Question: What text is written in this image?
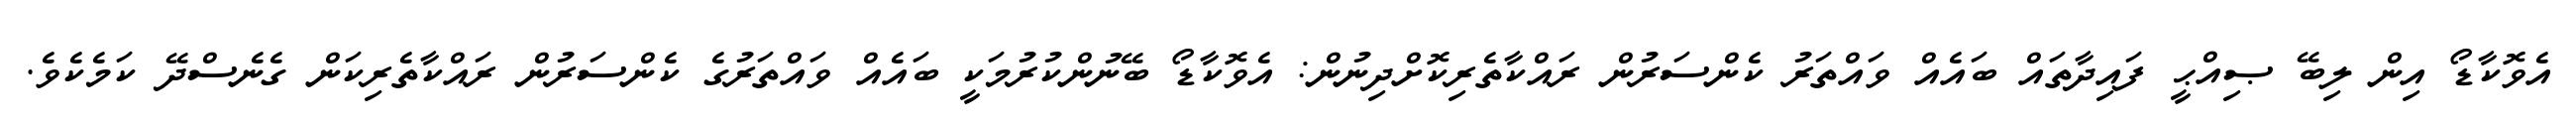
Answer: އެވޮކާޑޯ އިން ލިބޭ ޞިއްޙީ ފައިދާތައް ބައެއް ވައްތަރު ކެންސަރުން ރައްކާތެރިކޮށްދިނުން: އެވޮކާޑޯ ބޭނުންކުރުމަކީ ބައެއް ވައްތަރުގެ ކެންސަރުން ރައްކާތެރިކަން ގެނެސްދޭ ކަމެކެވެ.